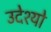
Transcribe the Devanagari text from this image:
उदेश्यो